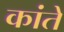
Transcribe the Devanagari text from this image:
कांते